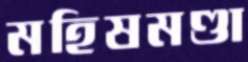
মহিষমণ্ডা